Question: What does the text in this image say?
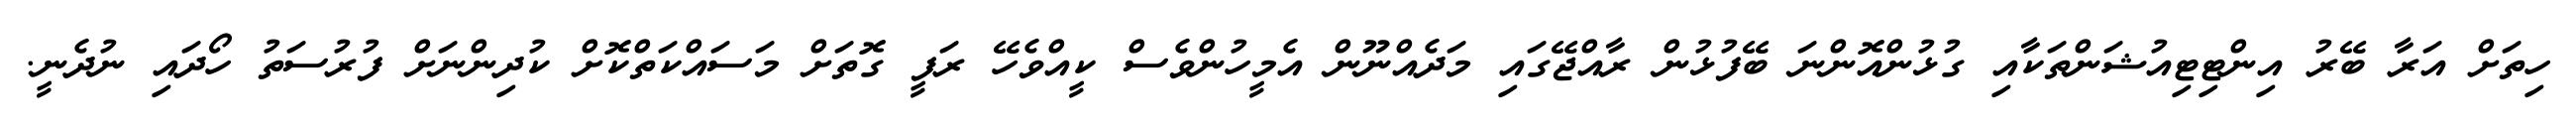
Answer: ހިތަށް އަރާ ބޭރު އިންޓިޓިއުޝަންތަކާއި ގުޅުންއޮންނަ ބޭފުޅުން ރާއްޖޭގައި މަދެއްނޫން އެމީހުންވެސް ކީއްވެހޭ ރަފީ ގޮތަށް މަސައްކަތްކޮށް ކުދިންނަށް ފުރުސަތު ހޯދައި ނުދެނީ.